Annual report of the Civil Veterinary Department, Bengal, for the year 1896-97 - 1896-1897
Year: 1896
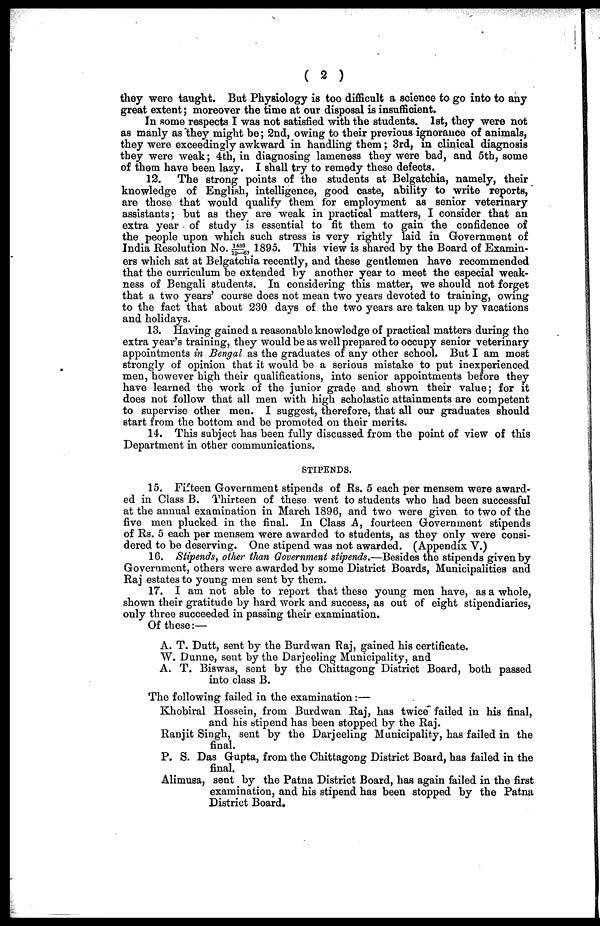
(2)
they were taught. But Physiology is too difficult a science to go into to any
great extent; moreover the time at our disposal is insufficient.
In Rome respects I was not satisfied with the students. 1st, they were not
as manly as they might be; 2nd, owing to their previous ignorance of animals,
they were exceedingly awkward in handling them; 3rd, in clinical diagnosis
they were weak; 4th, in diagnosing lameness they were bad, and 5th, some
of them have been lazy. I shall try to remedy these defects.
12. The strong points of the students at Belgatchia, namely, their
knowledge of English, intelligence, good caste, ability to write reports,
are those that would qualify them for employment as senior veterinary
assistants; but as they are weak in practical matters, I consider that an
extra year of study is essential to fit them to gain the confidence of
the people upon which such stress is very rightly laid in Government of
India Resolution No. - 1436/ 19- 6, 1895. This view is shared by the Board of Examin-
ers which sat at Belgatchia recently, and these gentlemen have recommended
that the curriculum be extended by another year to meet the especial weak-
ness of Bengali students. In considering this matter, we should not forget
that a two years' course does not mean two years devoted to training, owing
to the fact that about 230 days of the two years are taken up by vacations
and holidays.
13. Having gained a reasonable knowledge of practical matters during the
extra year's training, they would be as well prepared to occupy senior veterinary
appointments in Bengal as the graduates of any other school. But I am most
strongly of opinion that it would be a serious mistake to put inexperienced
men, however high their qualifications, into senior appointments before they
have learned the work of the junior grade and shown their value; for it
does not follow that all men with high scholastic attainments are competent
to supervise other men. I suggest, therefore, that all our graduates should
start from the bottom and be promoted on their merits.
14. This subject has been fully discussed from the point of view of this
Department in other communications.
STIPENDS.
15. Fifteen Government stipends of Rs. 5 each per mensem were award-
ed in Class B. Thirteen of these went to students who had been successful
at the annual examination in March 1896, and two were given to two of the
five men plucked in the final. In Class A, fourteen Government stipends
of Rs. 5 each per mensem were awarded to students, as they only were consi-
dered to bo deserving. One stipend was not awarded. (Appendix V.)
16. Stipends, other than Government stipends.—Besides the stipends given by
Government, others were awarded by some District Boards, Municipalities and
Raj estates to young men sent by them.
17. I am not able to report that these young men have, as a whole,
shown their gratitude by hard work and success, as out of eight stipendiaries,
only three succeeded in passing their examination.
Of these:—
A. T. Dutt, sent by the Burdwan Raj, gained his certificate.
W. Dunne, sont by the Darjecling Municipality, and
A. T. Biswas, sent by the Chittagong District Board, both passed
into class B.
The following failed in the examination:—
Khobiral Hossein, from Burdwan Raj, has twice failed in his final,
and his stipend has been stopped by the Raj.
Ranjit Singh, sent by the Darjeeling Municipality, has failed in the
final.
P. S. Das Gupta, from the Chittagong District Board, has failed in the
final.
Alimusa, sent by the Patna District Board, has again failed in the first
examination, and his stipend has been stopped by the Patna
District Board.